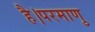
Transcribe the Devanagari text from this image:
है।परमाणु